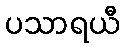
ပသာရယီ